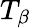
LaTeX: T_{\beta}